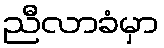
ညီလာခံမှာ